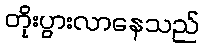
တိုးပွားလာနေသည်